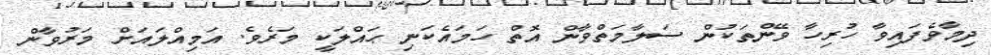
ދިމާވެފައިވާ ހުރިހާ ވޭންތަކުން ސަލާމަތްވާން އޮތް ހަމައެކަނި ޙައްލަކީ މަރެވެ. އަމިއްލައަށް މަރުވާން